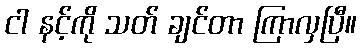
ငါ နင့်ကို သတ် ချင်တာ ကြာလှပြီ။